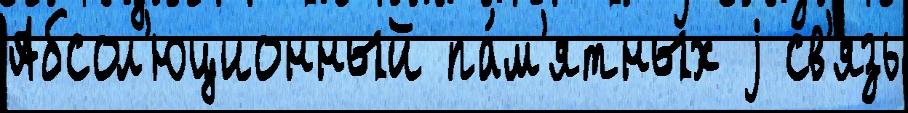
Абсол'юционный па́м'ятных j св'язь